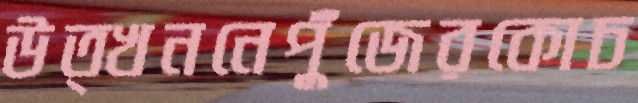
উত্খননেপুঁজেরকোচ